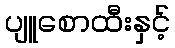
ပျူစောထီးနှင့်